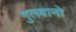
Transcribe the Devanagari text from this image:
गुलबानो